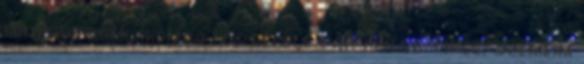
mindig a homlokomra lóg belőle pár kisebb tincs. Szemeim